[Report on the health of British troops in the Madras command]
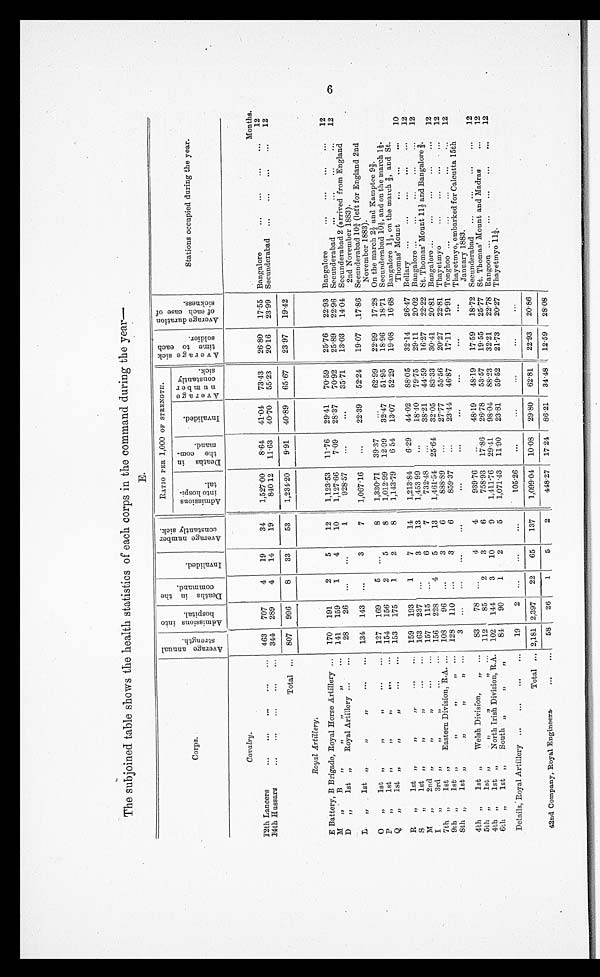
The subjoined table shows the health statistics of each corps in the command during the year-
E.
Corps.
A v f e r a g e a n n u a l s t r e n g t h . A d m i s s i o n s i n t o h o s p i t a l . D e a t h s i n t h e c o m m a n d .
I n v a l i d e d .
A v e r a g e n u m b e r c o n s t a n t l y s i c k .
RATIO PER 1,000 OF STRENGTH. A v e r a g e s i c k t i m e t o e a c h s o l d i e r .
A v e r a g e d u r a t i o n o f e a c h c a s e o f s i c k n e s s .
Stations occupied during the year.
A d m i s s i o n s i n t o h o s p i - t a l .
D e a t h s i n t h e c o m - m a n d .
I n v a l i d e d .
A v e r a g e n u m b e r c o n s t a n t l y s i c k .
Cavalry.
12th Lancers
... ... ... ...
. . . 463 707 4 19 34 1,527.00 8.64 41.04 73.43 26.80 17.55
Months.
Bangalore
... ... ... ... 12
14th Hussars ... ... ...
. . . 344 289 4 14 19
840.12 11.63 40.70 55.23 20.16 23.99 Secunderabad ... ... ... ... 12
Total ... 807 996 8 33 53 1,234.20 9.91 40.89 65.67 23.97 19.42
R o y a l A r t i l l e r y :
E Battery, B Brigade, Royal Horse Artillery ... 170 191 2 5
1 2 1,123.53 11.76 29.41 70.59 25.76 22.93 Bangalore
... ... ... ... 12
M ,, B ,, ,, ,,
. . . 141 159 1 4 10 1,127.66 7.09 28.37 70.92 25.89 22.96 Secunderabad ... ... ... ... 12
D „ 1st „ Royal Artillery ... ... 28 26 ... ...
1
928.57 ...
... 35.71 13.03 14.04 Secunderabad 2 (arrived from England
2nd November 1883).
L ,, 1st „ ,, ,, ...
. . . 134 143 ...
3
7 1,067.16 ... 22.39 52.24 19.07 17.86 Secunderabad 103/4 (left for England 2nd
November 1883).
0 „ 1st „ , , , , . . .
. . . 127 169 5 ...
8 1,330.71 39.37 ... 62.99 22.99 17.28 On the march 21/3 and Kamptee 92/3.
P „ 1st „
,,
154 156 2 5
8 , 1,012.99 12.99 32.47 51.95 18-96 18.71 Secunderabad 10-, and on the march 1-1-.
Q „ 1st „
, , , , . . .
. . . 153 175 1 2
8 1,143.79 6 54 13.07 52.29 19.08 16.68 Bangalore 11/3, on the march 2/3, and St.
Thomas' Mount . . . . . . . . . 10
R „ 1st ,, ,,
, , . . .
. . . 159 193 1 7 14 1,213.84 6.29 44.02 88.05 32.14 26.47 Bellary ... ... ... ... ... 12
S „ lst „
, ,
, ,
. . .
. . . 163 237 ...
3 13 1,453 99 ... 18.40 79.75 29.11 20.02 Bangalore ... ... ... ... ... 12
M „ 2nd ,,
,, ,,
...
. . . 157 115 ...
6
7
732.48 ... 38.21 44.59 16.27 22.22 St. Thomas' Mount 111/3 and Bangalore 2/3.
I „ 3rd „ ,, ,, ...
. . . 156 228 4 5 13 1,461.54 25.64 32.05 83.33 30.41 20.81 Bangalore ... ... ... ... ... 12
7th „ 1st „ Eastern Division, R.A. . . . 108 96 ...
3
6
888.89 ... 27.77 55.56 20.27 22.81 Thayetmyo ... ... ... ... 12
9th ,, 1st „ ,, „ ,,
. . . 128 110 ...
3
6
859.37 ... 23.44 46.87 17.11 19.91 Tonghoo ... ... ... ... ... 12
8th „ 1st , , , , , , , ,
. . . 3 ...
. . . . . .
...
...
...
...
...
. . . ... Thayetmyo, embarked for Calcutta I5th
January 1883.
4th „ 1st „ Welsh Division, „ ... 83 78 ...
4
4
939.76 ... 48.19 48.19 17.59 18.72 Secunderabad ... ... ... ... 12
5th „ 1st „ ,, ,,
„ ... 112 85 2 3
6
758.93 17.86 26.78 53.57 19.55 25.77 St. Thomas' Mount and Madras ... 12
4th „ 1st „ North Irish Division, R.A. 102 144 3 10
9 1,411.76 29.41 98.01 88.23 32.21 22.78 Rangoon ... ... ... ... ... 12
6th „ 1st „ South
, ,
, ,
84 90 1 2
5 1,071.13 11.90 23.81 59.52 21.73 20.27 Thayetmyo 111/4.
Details, Royal Artillery ... ... ... ... 19 2
. . . . . . ...
105.26 ...
...
. . .
. . .
. . .
Total ... 2,181 2,397 22 65 137 1,099.04 10.08 29.80 62.81 22.93 20.86
42nd Company, Royal Engineers
. . . 58 26 1 5
2
448.27 17.24 86.21 34.48 12.59 28.08